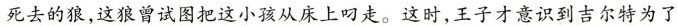
死去的狼，这狼曾试图把这小孩从床上叼走。这时，王子才意识到吉尔特为了